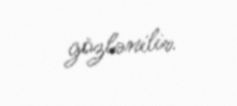
gözlənilir.